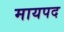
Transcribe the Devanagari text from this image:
मायपद